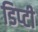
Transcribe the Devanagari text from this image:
डिप्‍टी